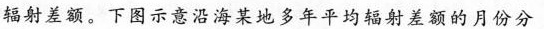
辐射差额。下图示意沿海某地多年平均辐射差额的月份分